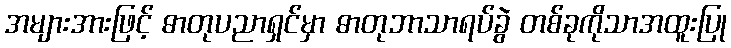
အများအားဖြင့် ဓာတုပညာရှင်မှာ ဓာတုဘာသာရပ်ခွဲ တစ်ခုကိုသာအထူးပြု